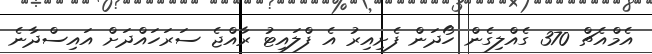
އެމްއެޗް 370 ގެއްލިގެން ހޯދަން ފެށިއިރު އެ ފްލައިޓު ރާއްޖެ ސަރަހައްދަށް އައިސްދާނެ